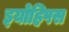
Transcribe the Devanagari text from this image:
इयोहिपस